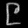
Digit: ၉